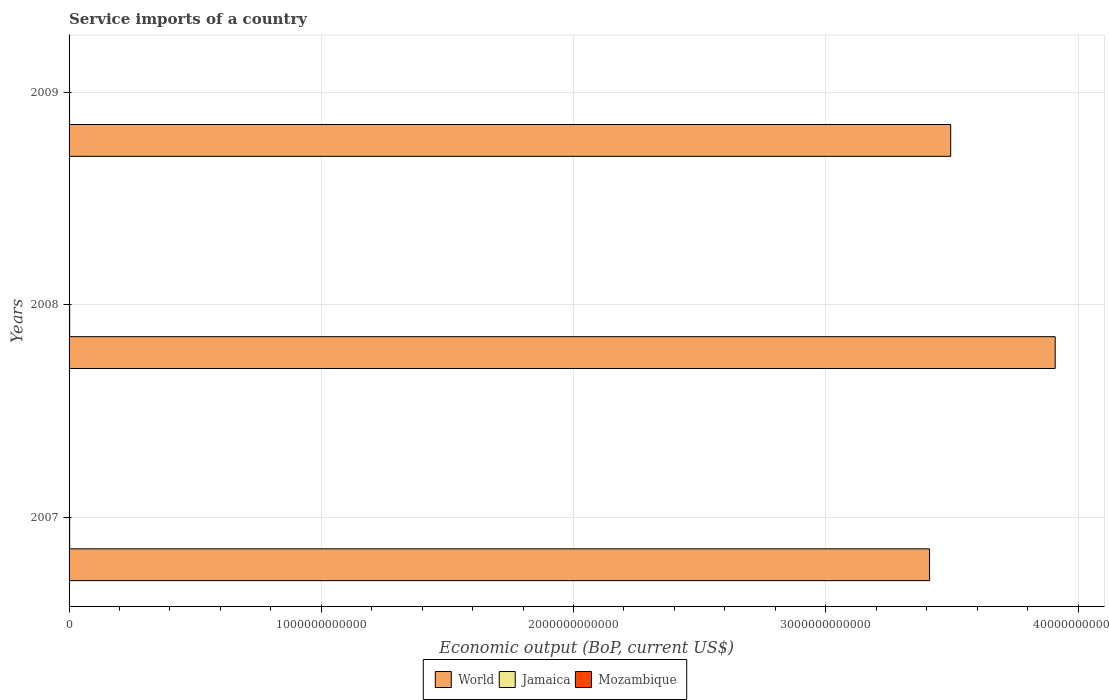
| Years | World | Jamaica | Mozambique |
 | --- | --- | --- | --- |
 | 2007 | 3.41e+12 | 2.28e+09 | 8.57e+08 |
 | 2008 | 3.91e+12 | 2.37e+09 | 8.83e+08 |
 | 2009 | 3.5e+12 | 1.88e+09 | 1.04e+09 |